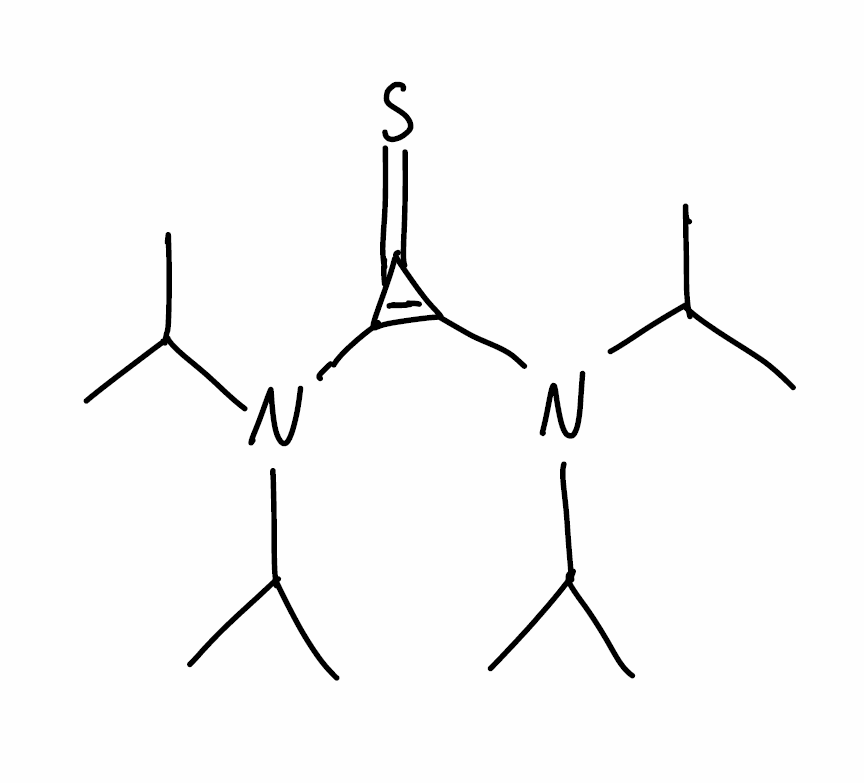
Simplified molecular-input line-entry system (SMILES) notation of the given molecule:
CC(C)N(C1=C(C1=S)N(C(C)C)C(C)C)C(C)C